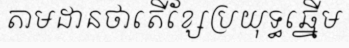
តាមដានថាតើខ្សែប្រយុទ្ធឆ្នើម